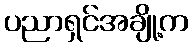
ပညာရှင်အချို့က